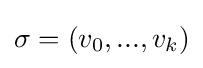
\sigma =(v_{0},...,v_{k})